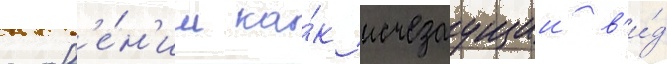
слов'е́н'ии ка́к исчезаущии в'и́д